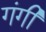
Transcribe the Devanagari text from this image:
गंगी